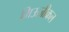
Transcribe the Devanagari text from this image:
मिऊज़ीकल